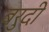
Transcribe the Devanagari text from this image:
बरुदी